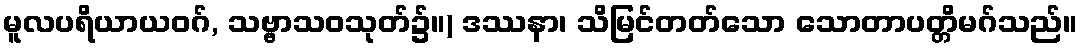
မူလပရိယာယဝဂ်, သဗ္ဗာသဝသုတ်၌။) ဒဿနာ၊ သိမြင်တတ်သော သောတာပတ္တိမဂ်သည်။